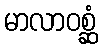
မာလာဝစ္ဆံ